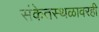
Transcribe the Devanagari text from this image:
संकेतस्थळावरही